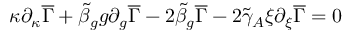
\kappa \partial _ { \kappa } \overline { { { \Gamma } } } + \tilde { \beta } _ { g } g \partial _ { g } \overline { { { \Gamma } } } - 2 \tilde { \beta } _ { g } \overline { { { \Gamma } } } - 2 \tilde { \gamma } _ { A } \xi \partial _ { \xi } \overline { { { \Gamma } } } = 0